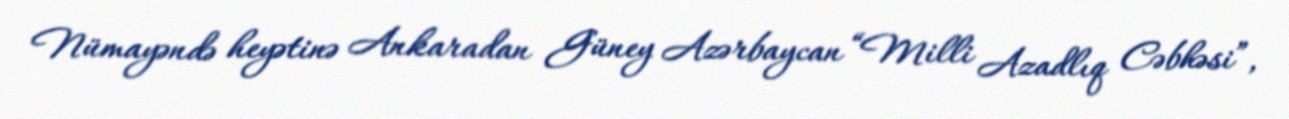
Nümayəndə heyətinə Ankaradan Güney Azərbaycan “Milli Azadlıq Cəbhəsi”,